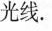
光线。